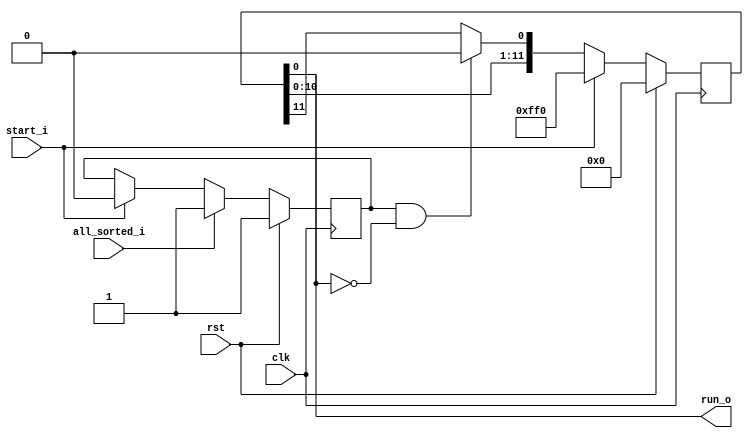
//////////////////////////////////////////////////////////////////////
////
//// Copyright (C) 2014 avram ionut, avramionut@opencores.org
////
//// This source file may be used and distributed without
//// restriction provided that this copyright statement is not
//// removed from the file and that any derivative work contains
//// the original copyright notice and the associated disclaimer.
////
//// This source file is free software; you can redistribute it
//// and/or modify it under the terms of the GNU Lesser General
//// Public License as published by the Free Software Foundation;
//// either version 2.1 of the License, or (at your option) any
//// later version.
////
//// This source is distributed in the hope that it will be
//// useful, but WITHOUT ANY WARRANTY; without even the implied
//// warranty of MERCHANTABILITY or FITNESS FOR A PARTICULAR
//// PURPOSE. See the GNU Lesser General Public License for more
//// details.
////
//// You should have received a copy of the GNU Lesser General
//// Public License along with this source; if not, download it
//// from http://www.opencores.org/lgpl.shtml
////
//
// Revisions: 
// Revision 0.01 - File Created
// Additional Comments: 
//                     
//
//////////////////////////////////////////////////////////////////////////////////
module rungenerator #(parameter N_BITS=8)
    (
    input   clk,
    input   rst,
    input   start_i,
    input   all_sorted_i,
    output  run_o
    );

    reg [N_BITS+4-1:0]  r_count;
    reg     r_job_done;
    
    wire    w_ready_to_stop;
    wire    w_next_bit;
    
    always @(posedge clk)
        begin
            if (rst) begin
                r_count <= {{N_BITS{1'd0}},4'b0000};             end
            else if(start_i) begin
                r_count <= {{N_BITS{1'd1}},4'b0000};             end
            else  begin
                r_count <= {r_count[N_BITS+4-2:0],w_next_bit};   end
        end
        
    always @(posedge clk)
        begin
            if (rst) begin
                r_job_done <= 1'b1;          end
            else if (all_sorted_i) begin
                r_job_done <= 1'b1;          end            
            else if (start_i) begin
                r_job_done <= 1'b0;          end            
        end
    
    assign w_ready_to_stop = ~r_count[0];
    assign w_next_bit = (r_job_done & w_ready_to_stop) ? 1'b0 : r_count[N_BITS+4-1];
    
    assign run_o = r_count[0];
    
endmodule